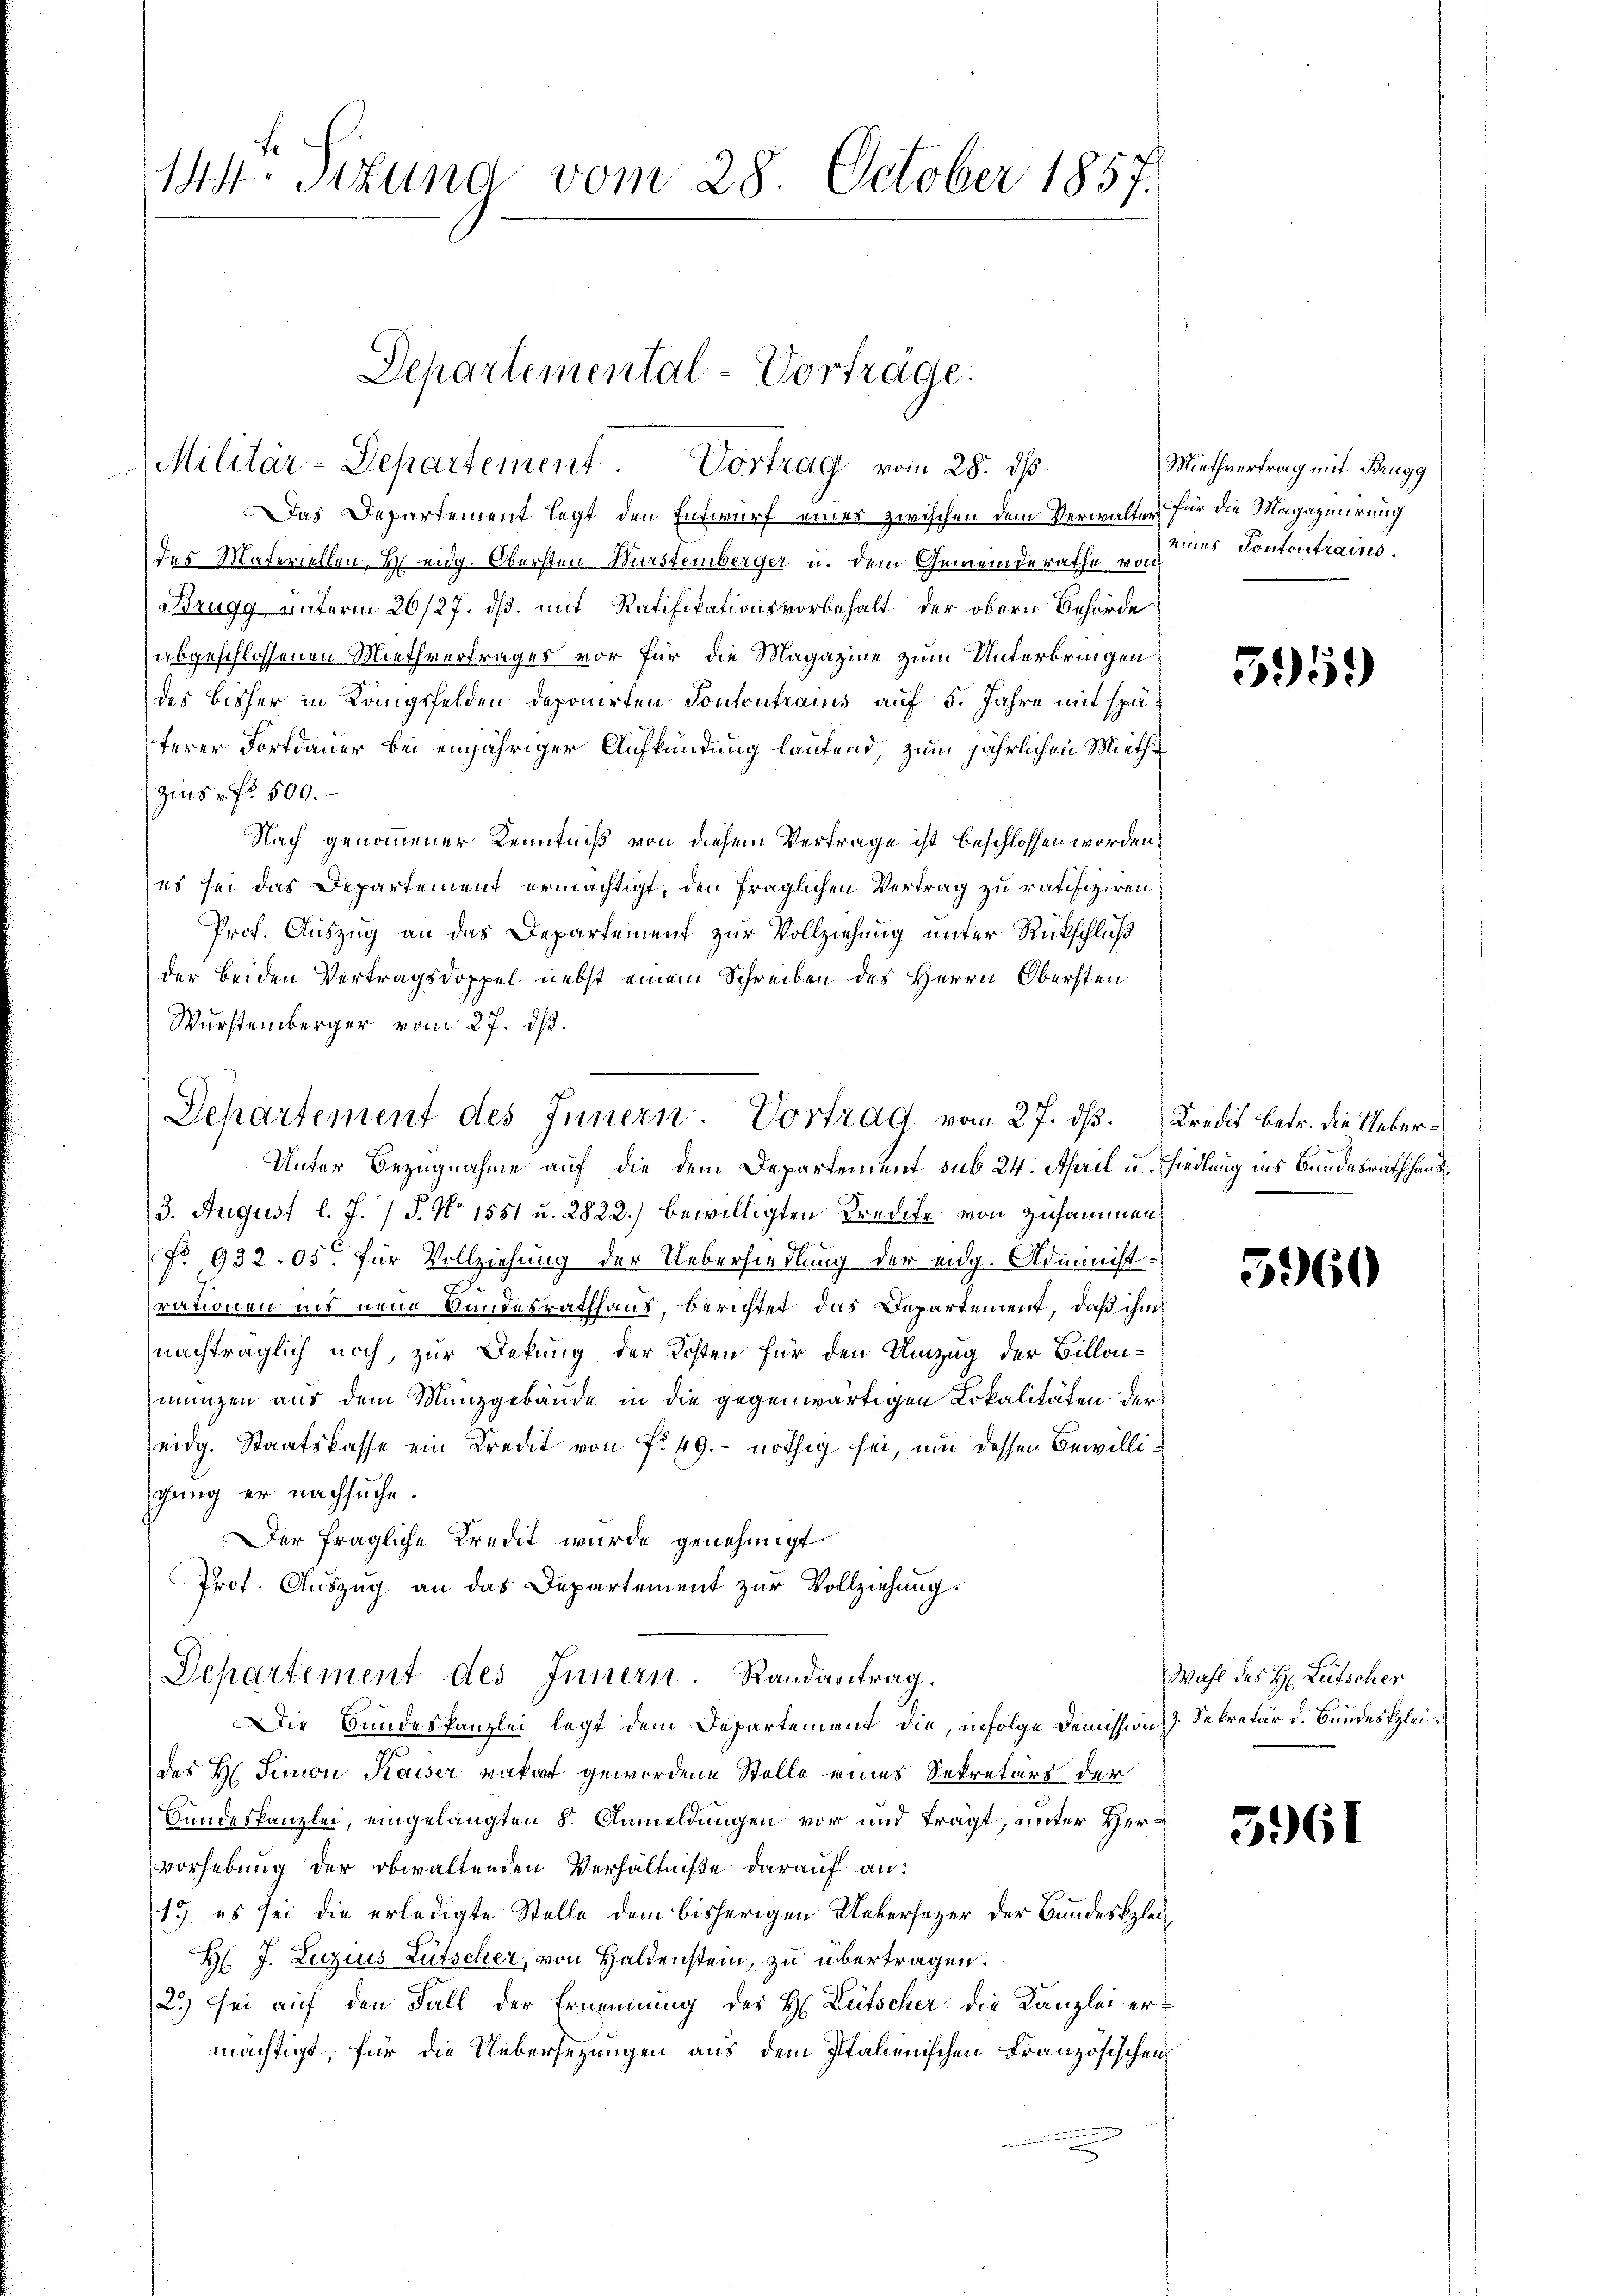
144. Sizung vom 28. October 1857.

Militär-Departement Vortrag vom 28. ds.

Das Departement legt den Entwurf einer zwischen dem Verwalter für die Magazinrung
des Materiellen, Heidg. Obersten Wurstemberger u. dem Gemeinderathe von
Brugg unterm 26/27. ds. mit Ratifikationsvorbehalt der obern Behörde
abgeschlossenen Miethvertrages vor für die Magazine zum Unterbringen
des bisher in Königsfelden deponirten Pontontrains auf 5. Jahre mit späterer Fortdauer bei einjähriger Aufkündung laufend, zum jährlichen Miethe
zins v. fr. 500.
Nach genommener Kenntniß von diesem Vertrage ist beschlossen worden.
es sei das Departement ermächtigt, den fraglichen Vertrag zu ratifiziren,
Prof. Auszug an das Departement zur Vollziehung unter Rückschluß
der beiden Vertragsdoppel nebst einem Schreiben des Herrn Obersten
Wurstemberger vom 27. ds.
Unter Bezugnahme auf die dem Departement sub 24. April u. hiedlung ins Bundesrath haus¬
3. August l. J. / P. No 1551 u. 2822.) bewilligten Kredite von zusammen
No 932. 05. für Vollziehung der Uebersiedlung der eidg. Administ
rationen ins neue Bundesrathhaus, berichtet das Departement, daß ihm
nachträglich noch, zur Dekung der Kosten für den Umzug der Billanmungen aus dem Münzgebäude in die gegenwärtigen Lokalitäten der
eidg. Staatskasse ein Kredit von fr. 49. nöthig sei, um dessen Bewilligung er nachsuche.
Der fragliche Kredit wurde genehmigt.
Prot. Auszug an das Departement zur Vollziehung.
Departement des Innern. Randantrag.
Die Bundeskanzlei legt dem Departement die, infolge Demission Sekretär d. Bundeskleides H. Simon Kaiser vakart gewordene Stelle eines Sekretärs der
Bundeskanzlei, eingelangten 8. Anmeldungen vor und trägt, unter Hervorhebung der obwaltenden Verhältniße darauf an:
15. es sei die erledigte Stelle dem bisherigen Uebersezer der Bundesklei¬
Hl. J. Luzius Lütscher, von Haldenstein, zu übertragen.
2.) sei auf den Fall der Ernennung des H. Lütscher die Kanzlei ermächtigt, für die Uebersezungen aus dem Italienischen Französischen

Departemental-Vorträge.

Departement des Innern. Vortrag vom 27. dß. Kredit betr. die Ueber¬

Miethvertrag mit Brugg
eines Pontontrains.

595)

5960

Wahl des H: Leitscher

5961